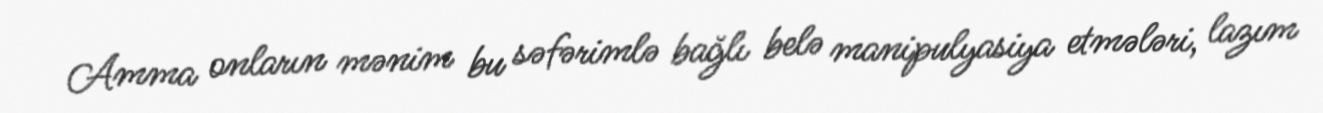
Amma onların mənim bu səfərimlə bağlı belə manipulyasiya etmələri, lazım